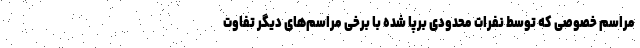
مراسم خصوصی که توسط نفرات محدودی برپا شده با برخی مراسم‌های دیگر تفاوت